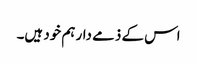
اس کے ذمے دار ہم خود ہیں۔